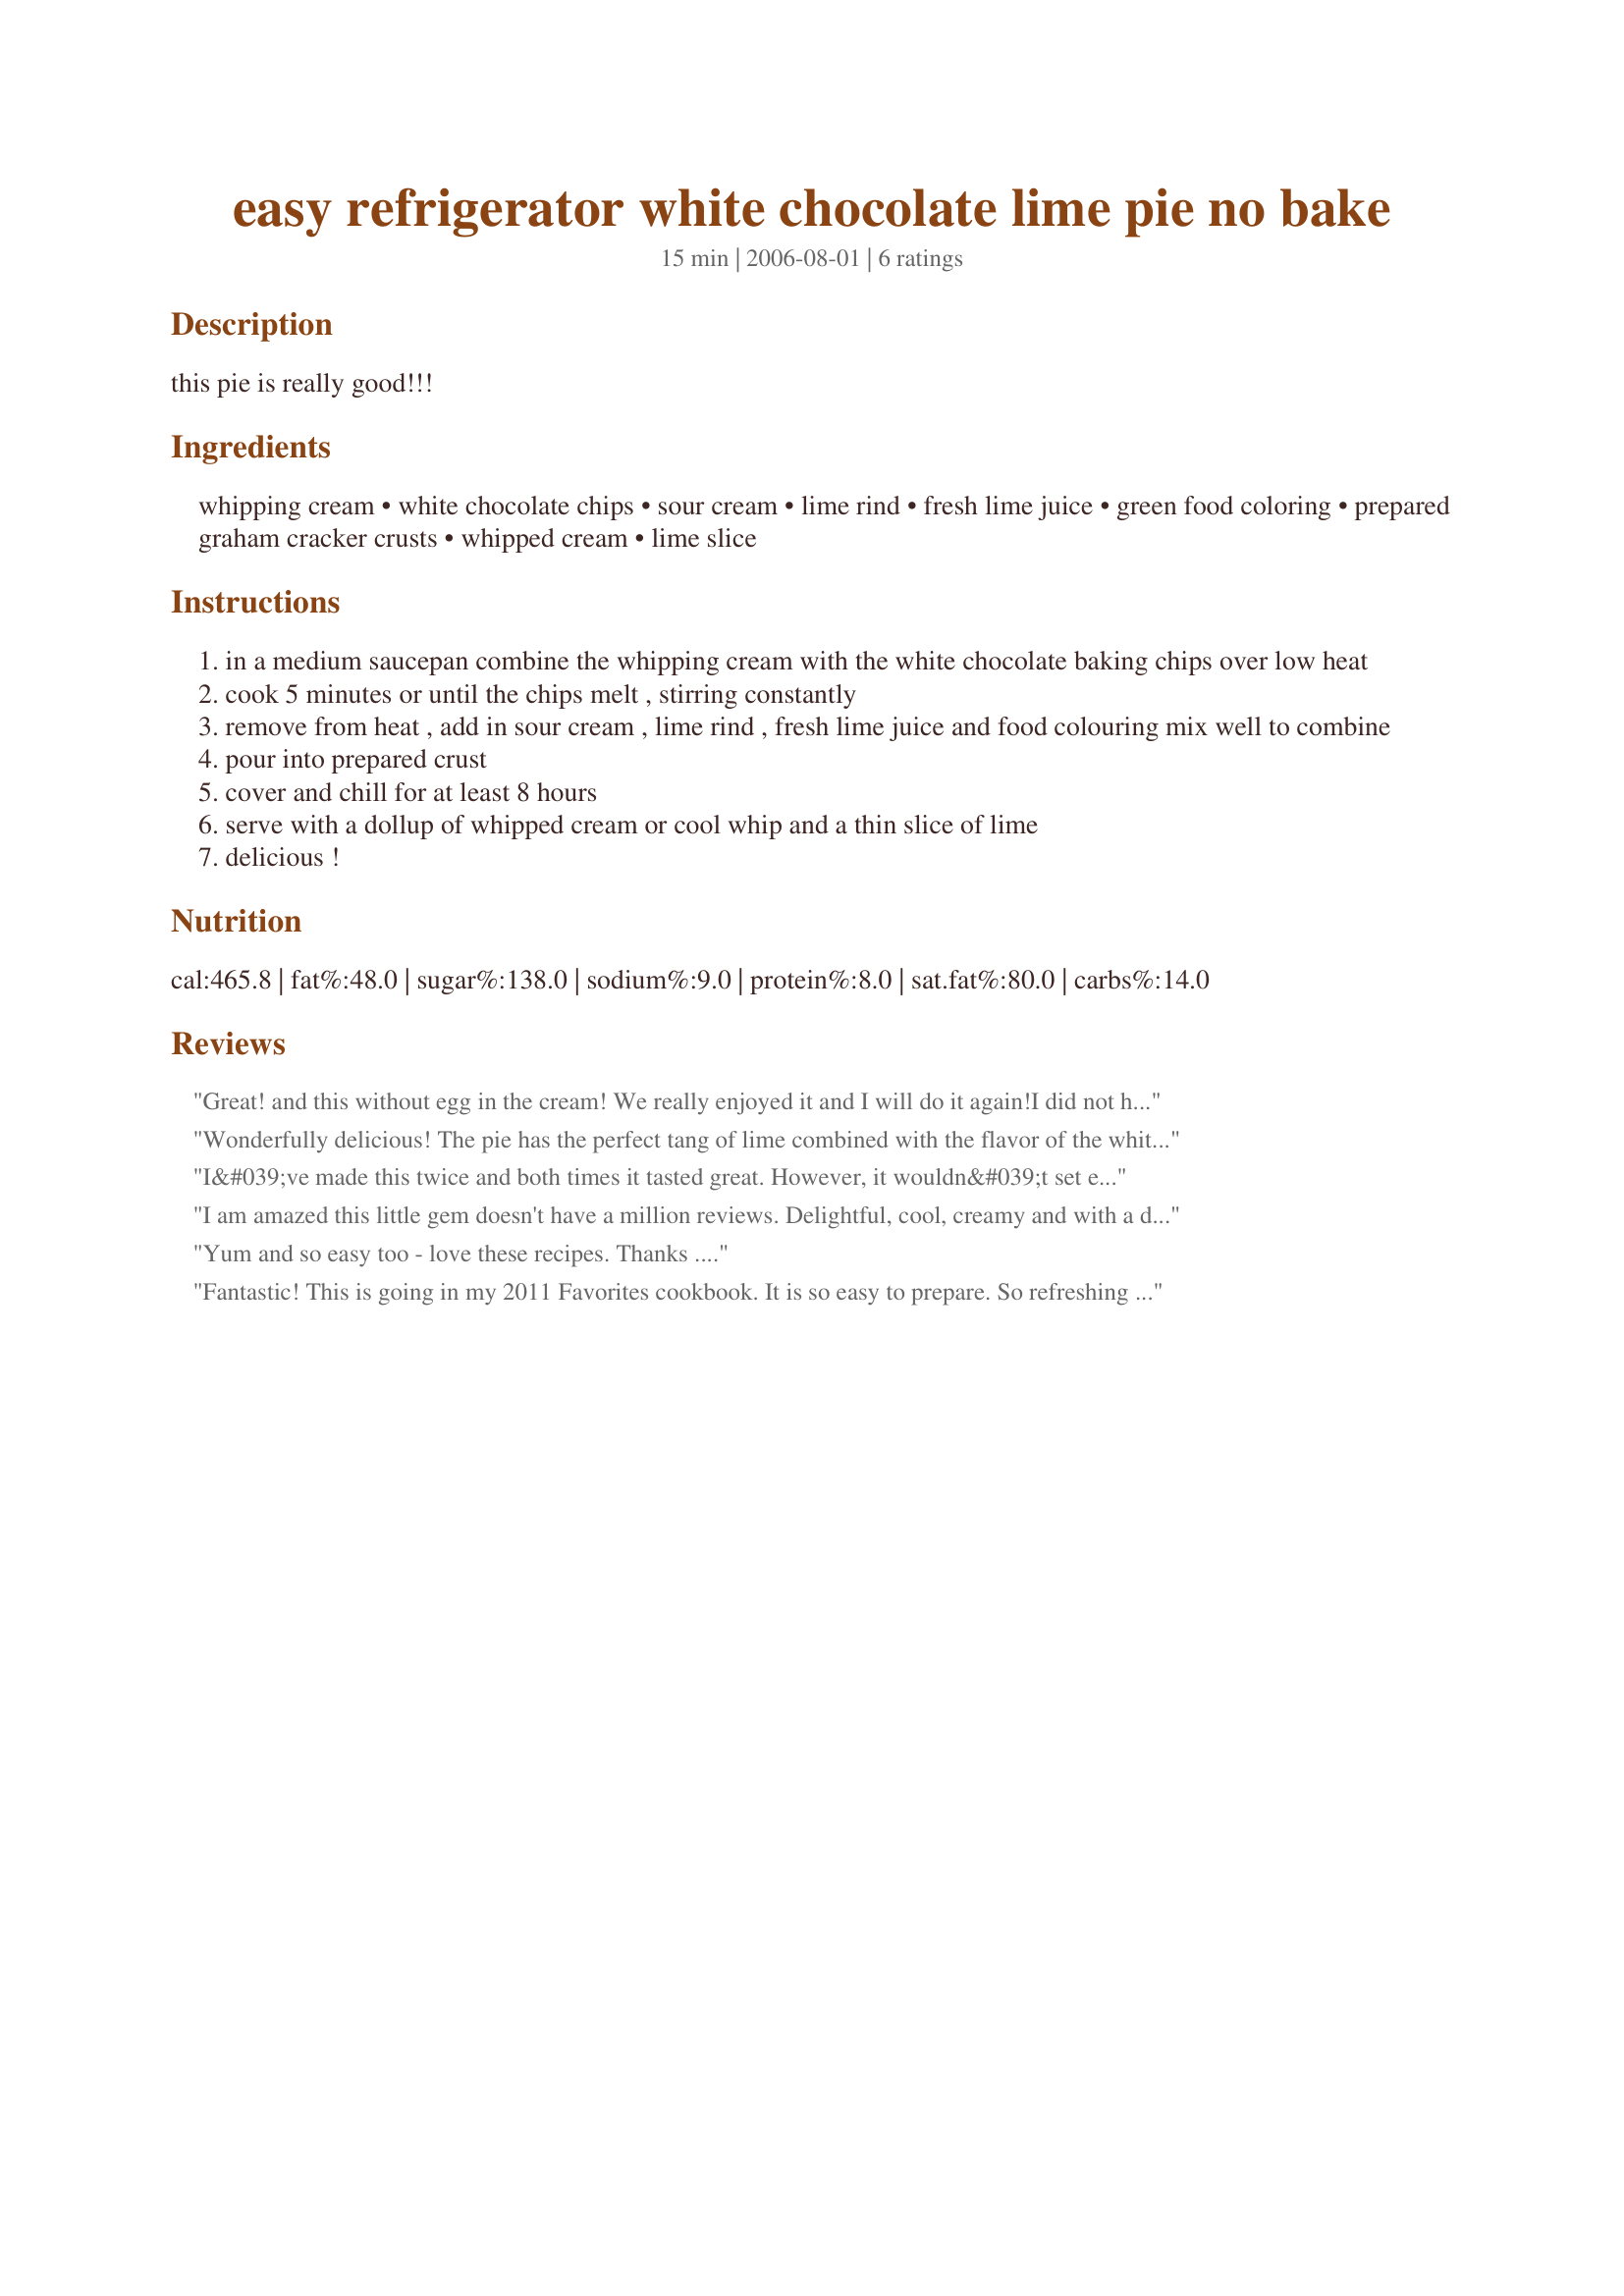
easy refrigerator white chocolate lime pie no bake
Preparation time: 15 minutes

this pie is really good!!!

Ingredients:
whipping cream, white chocolate chips, sour cream, lime rind, fresh lime juice, green food coloring, prepared graham cracker crusts, whipped cream, lime slice

Steps:
in a medium saucepan combine the whipping cream with the white chocolate baking chips over low heat
cook 5 minutes or until the chips melt , stirring constantly
remove from heat , add in sour cream , lime rind , fresh lime juice and food colouring mix well to combine
pour into prepared crust
cover and chill for at least 8 hours
serve with a dollup of whipped cream or cool whip and a thin slice of lime
delicious !

Reviews:
Great! and this without egg in the cream! We really enjoyed it and I will do it again!<br/>I did not have the ready graham crust, so I prepared one with "savoiardi" biscuits and margarine.<br/>I have a baking mold of 26 cm, I think this was too large for this filling. Next time I would choose a smaller one!<br/>. I renounced to the wipped cream on top as it.<br/>Thanks a lot for posting this.
Wonderfully delicious! The pie has the perfect tang of lime combined with the flavor of the white chocolate. Two of my favorite flavors together! Super easy to make, the hard part was waiting for it to chill. Made for Shoot Now, and Talk Later in the Photo Forum.
I&#039;ve made this twice and both times it tasted great. However, it wouldn&#039;t set either time that I made it. I feel like I&#039;m probably doing something wrong since I doubt it should have the consistency of pudding, but I&#039;m not sure what. The only thing I can think of that might fix it is possibly whipping the cream but the recipe specifically says not to.
I am amazed this little gem doesn't have a million reviews. Delightful, cool, creamy and with a delicate lime overtone. It tastes uncannily like a cheesecake but without the cream cheese. A dessert good enough for a fancy dinner party. Thanks Kitten!
Yum and so easy too - love these recipes. Thanks ....
Fantastic! This is going in my 2011 Favorites cookbook. It is so easy to prepare. So refreshing when served chilled. I made my own graham cracker crust using recipe #134190. I used one 12-oz. bag of Nestle's white chocolate chips. It is one of those pies that you want to keep eating until all of a sudden you're like 'Sugar OVERLOAD!! I must stop eating this at once.'. It is a company-worthy pie, for sure.
